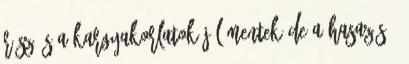
rész és a kargyakorlatok jól mentek.de a hasazás =